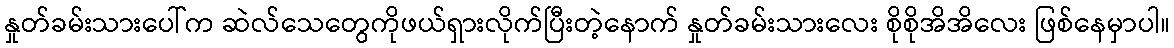
နှုတ်ခမ်းသားပေါ်က ဆဲလ်သေတွေကိုဖယ်ရှားလိုက်ပြီးတဲ့နောက် နှုတ်ခမ်းသားလေး စိုစိုအိအိလေး ဖြစ်နေမှာပါ။